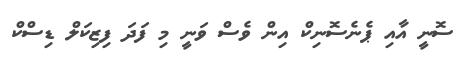
ސޮނީ އާއި ޕެނެސޮނިކް އިން ވެސް ވަނީ މި ފަދަ ފިޒިކަލް ޑިސްކް